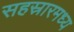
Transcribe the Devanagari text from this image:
सहस्रारमध्य